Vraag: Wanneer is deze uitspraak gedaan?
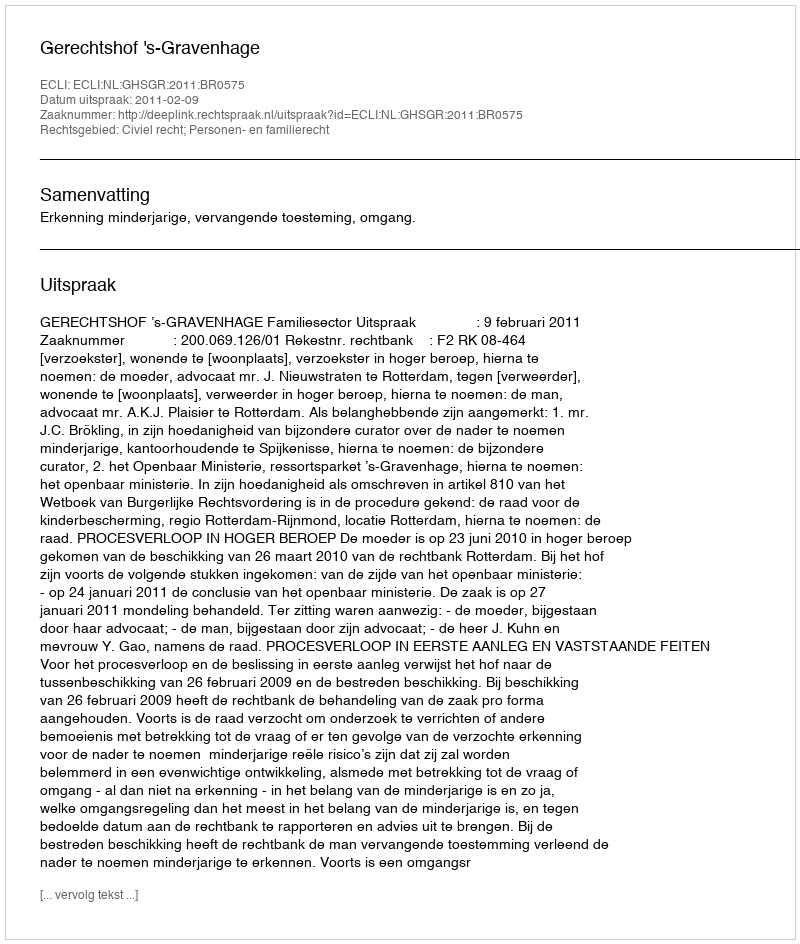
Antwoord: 2011-02-09